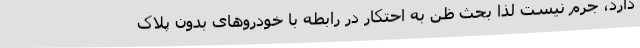
دارد، جرم نیست لذا بحث ظن به احتکار در رابطه با خودروهای بدون پلاک